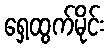
ရှေ့ထွက်မိုင်း